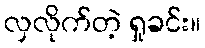
လှလိုက်တဲ့ ရှုခင်း။